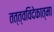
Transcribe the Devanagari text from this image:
तत्त्वविदेकात्मा